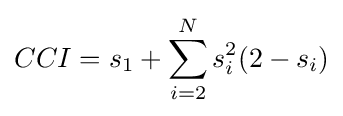
CCI=s_{1}+\sum _{i=2}^{N}s_{i}^{2}(2-s_{i})